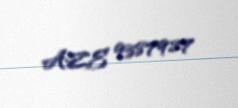
AZE 9387927